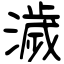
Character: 濊